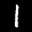
Label: 1